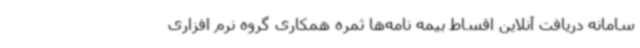
سامانه دریافت آنلاین اقساط بیمه نامه‌ها ثمره همکاری گروه نرم افزاری